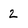
Character: 2